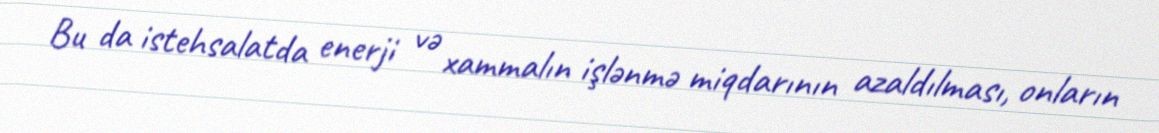
Bu da istehsalatda enerji və xammalın işlənmə miqdarının azaldılması, onların